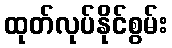
ထုတ်လုပ်နိုင်စွမ်း